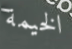
الخيمة